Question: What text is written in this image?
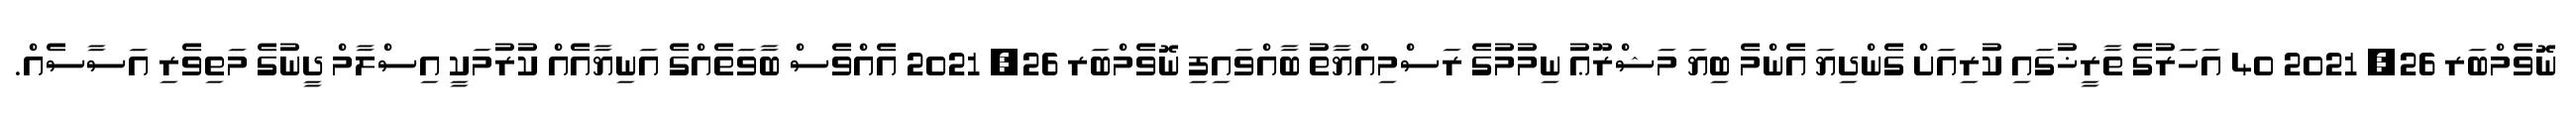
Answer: ނޮވެމްބަރ 26, 2021 40 އަހަރުގެ ތާރީޚުގައި ކުރިއަށް ގެންދިޔަ އެންމެ ބިޔަ މަޝްރޫޢު ނިމުމުގެ ރަސްމިއްޔާތު ބާއްވައިފި ނޮވެމްބަރ 26, 2021 އެއްވެސް ބާވަތެއްގެ އަނިޔާއެއް ކުރުމަކީ އިސްލާމް ދީނުގެ މަތިވެރި އަސާސެއް.